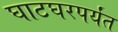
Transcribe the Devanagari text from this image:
घाटघरपर्यंत